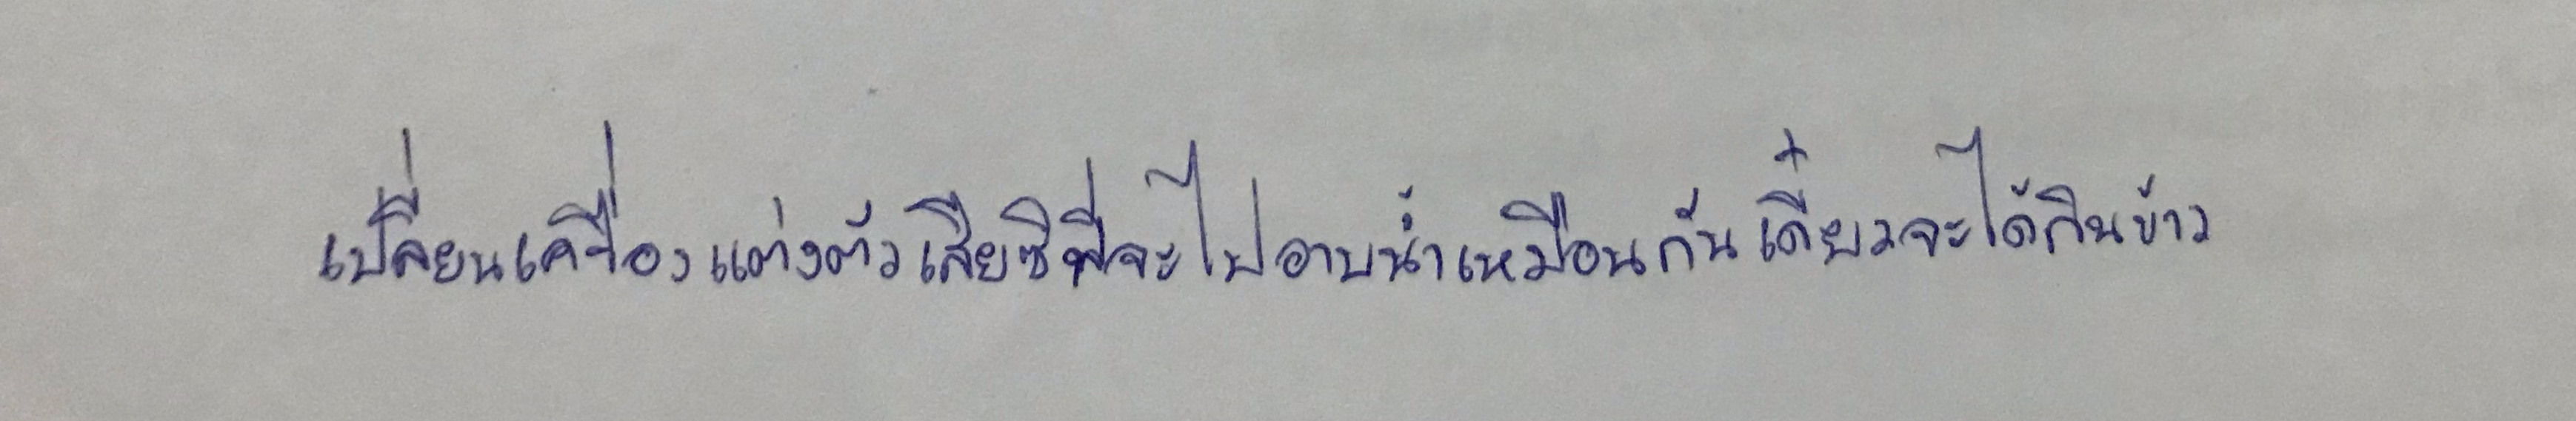
เปลี่ยนเครื่องแต่งตัวเสียซิพี่จะไปอาบน้ำเหมือนกันเดี๋ยวจะได้กินข้าว